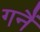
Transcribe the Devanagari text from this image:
गनैं